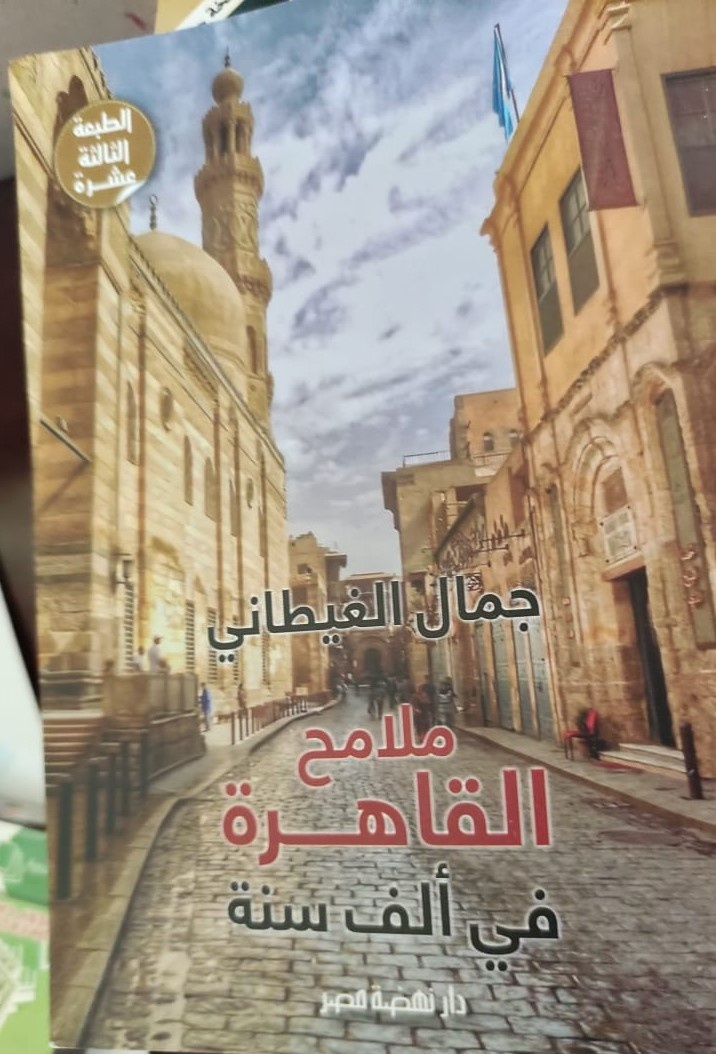
Text in image: الطبعة الثالثة عشرة جمال الغيطاني ملامح القاهرة ألف سنة في نهضة دار مصر